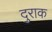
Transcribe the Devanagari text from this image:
दुराक